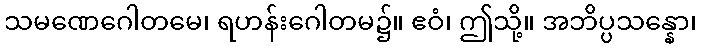
သမဏေဂေါတမေ၊ ရဟန်းဂေါတမ၌။ ဧဝံ၊ ဤသို့။ အဘိပ္ပသန္နော၊